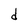
Character: d